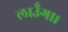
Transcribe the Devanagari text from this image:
लाउँगा।